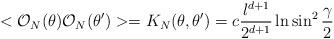
LaTeX: \begin{align*}<{\cal O}_N(\theta ){\cal O}_N(\theta ')>=K_N(\theta ,\theta ')=c{l^{d+1}\over 2^{d+1}}\ln\sin^2{\gamma\over 2}\end{align*}